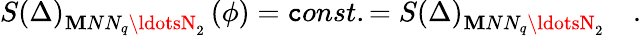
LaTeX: S\left(\Delta\right)_{\mathbf{M}NN_{q}\ldotsN_{2}}\left(\phi\right)=\mathtt{c}onst.=S\left(\Delta\right)_{\mathbf{M}NN_{q}\ldotsN_{2}}\quad.